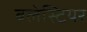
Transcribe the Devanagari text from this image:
बलेस्टियर